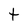
Character: t